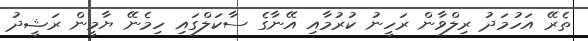
ތެރޭ އަހުމަދު ރިލްވާން ރަހީނު ކުރުމާއި އޭނާގެ ސާކަލްގައި ހިމެނޭ ޔާމީން ރަޝީދު